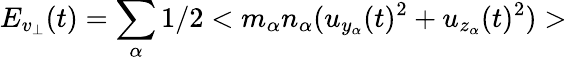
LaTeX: E_{v_{\bot}}(t)=\sum_{\alpha}1/2<m_{\alpha}n_{\alpha}(u_{y_{\alpha}}(t)^{2}+u_{z_{\alpha}}(t)^{2})>